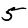
Digit: 5